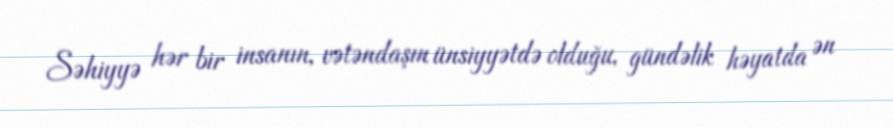
Səhiyyə hər bir insanın, vətəndaşın ünsiyyətdə olduğu, gündəlik həyatda ən